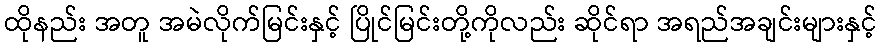
ထိုနည်း အတူ အမဲလိုက်မြင်းနှင့် ပြိုင်မြင်းတို့ကိုလည်း ဆိုင်ရာ အရည်အချင်းများနှင့်